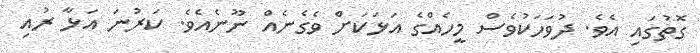
ގޮތުގައި އެވެ. ދުވަހަކުވެސް މީހެއްގެ އަޅަކަށް ވެގެނެއް ނޫނެއެވެ. ކަރުނަ އަޅާ ރުއި